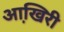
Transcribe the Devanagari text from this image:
आखि़री